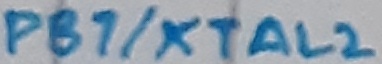
Text: PB7/XTAL2